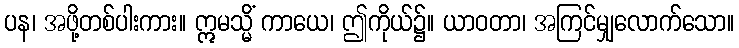
ပန၊ အဖို့တစ်ပါးကား။ ဣမသ္မိံ ကာယေ၊ ဤကိုယ်၌။ ယာဝတာ၊ အကြင်မျှလောက်သော။